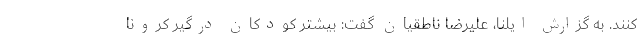
کنند. به گزارش ایلنا، علیرضا ناطقیان گفت: بیشتر کودکان درگیر کرونا